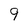
Character: 9